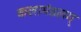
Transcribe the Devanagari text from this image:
कलामंडलम्‌